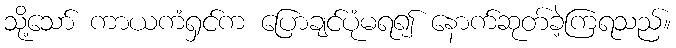
သို့သော် ကာယကံရှင်က ပြောချင်ပုံမရ၍ နောက်ဆုတ်ခဲ့ကြရသည်။